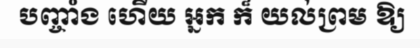
បញ្ចាំង ហើយ អ្នក ក៏ យល់ព្រម ឱ្យ